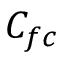
C _ { f c }